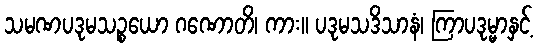
သမဏပဒုမသဉ္စယော ဂဏောတိ၊ ကား။ ပဒုမသဒိသာနံ၊ ကြာပဒုမ္မာနှင့်